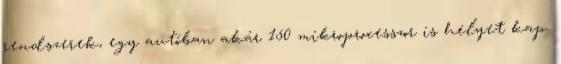
rendszerek, egy autóban akár 150 mikroprocesszor is helyet kap.